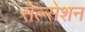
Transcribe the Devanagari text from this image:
सेल्सेशन